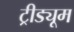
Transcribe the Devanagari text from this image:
ट्रीड्यूम